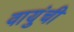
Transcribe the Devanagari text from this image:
वायुंची